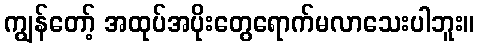
ကျွန်တော့် အထုပ်အပိုးတွေရောက်မလာသေးပါဘူး။